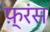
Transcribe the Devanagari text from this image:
फ़्रंस